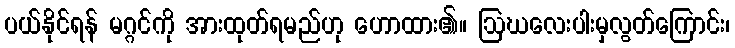
ပယ်နိုင်ရန် မဂ္ဂင်ကို အားထုတ်ရမည်ဟု ဟောထား၏။ ဩဃလေးပါးမှလွတ်ကြောင်း၊